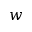
w